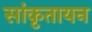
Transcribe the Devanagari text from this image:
सांकृतायन